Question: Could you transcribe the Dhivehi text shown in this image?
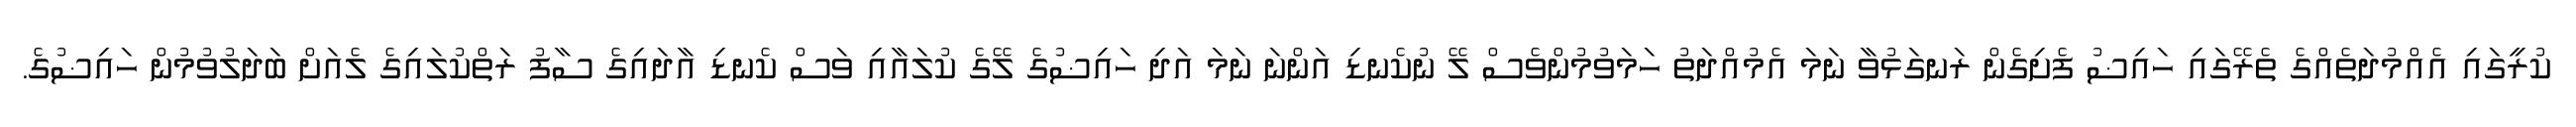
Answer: ކުރީގައި އެއްމުދަތެއްގެ ތެރޭގައި ހައިޟު ފެށިގެން ރަނގަޅުވާ ނަމަ އެމުއްދަތު ހަމަވުމުންވެސް ލޭ ނުކެނޑި އަންނަ ނަމަ އަދި ހައިޟުގެ ލޭގެ ކުލައާއި ވަސް ކެނޑި އާދައިގެ ސާފު ރަތްކުލައިގެ ލެއަށް ބަދަލުވުމުން ހައިޟުގެ.